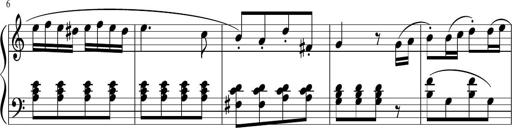
Title: 3 Sonatinen
Composer: Heinrich Lichner